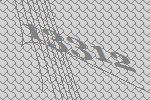
13312